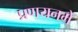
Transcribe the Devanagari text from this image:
प्रणयनमें